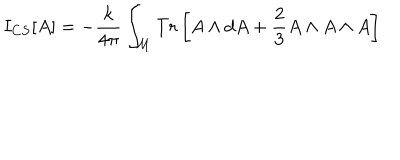
I _ { C S } [ A ] = - \frac { k } { 4 \pi } \int _ { \mathcal { M } } T r \left[ A \wedge d A + \frac { 2 } { 3 } A \wedge A \wedge A \right]